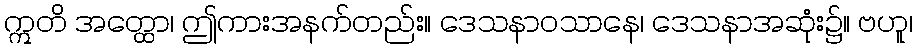
ဣတိ အတ္ထော၊ ဤကားအနက်တည်း။ ဒေသနာဝသာနေ၊ ဒေသနာအဆုံး၌။ ဗဟူ၊